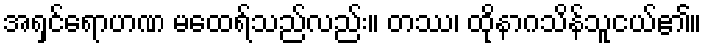
အရှင်ရောဟဏ မထေရ်သည်လည်း။ တဿ၊ ထိုနာဂသိန်သူငယ်၏။